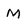
Character: M